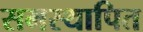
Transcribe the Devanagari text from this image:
समस्थापित